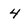
Character: 4